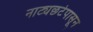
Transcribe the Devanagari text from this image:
नाट्यछटेपासून